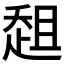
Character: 𰷳